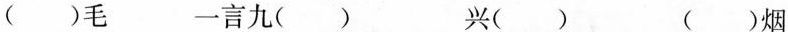
( )毛 一言九( ) 兴( ) ( )烟